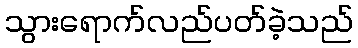
သွားရောက်လည်ပတ်ခဲ့သည်